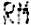
RM